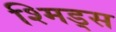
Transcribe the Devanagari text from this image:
श्मिड्स